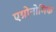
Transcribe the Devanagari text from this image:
एग्रोनोमिक